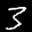
Label: 3